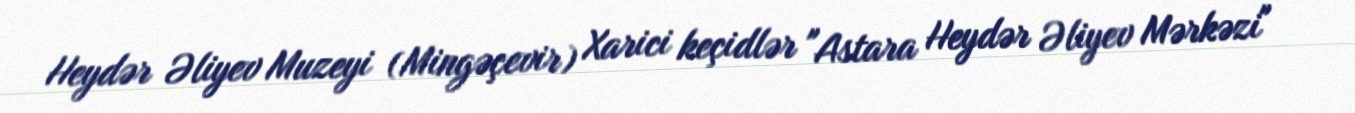
Heydər Əliyev Muzeyi (Mingəçevir) Xarici keçidlər "Astara Heydər Əliyev Mərkəzi"